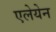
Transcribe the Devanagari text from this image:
एलेयेन